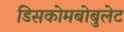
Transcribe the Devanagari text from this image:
डिसकोमबोबुलेट